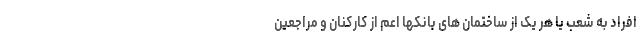
افراد به شعب یا هر یک از ساختمان های بانکها اعم از کارکنان و مراجعین